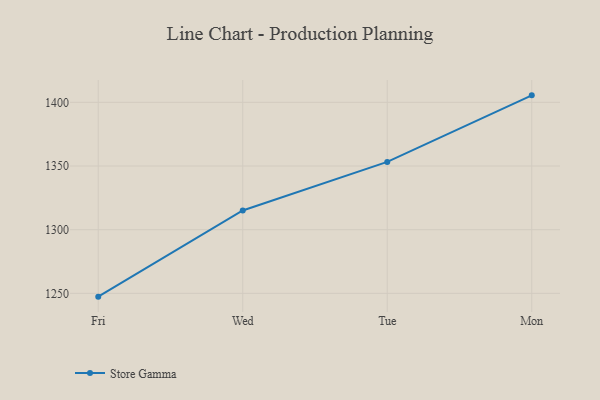
{"axis": {"x": "Day", "y": "Page Views"}, "legend": ["Store Gamma"], "data": [{"x": "Fri", "y": 1247.4, "type": "Store Gamma"}, {"x": "Wed", "y": 1315.1, "type": "Store Gamma"}, {"x": "Tue", "y": 1353.2, "type": "Store Gamma"}, {"x": "Mon", "y": 1405.5, "type": "Store Gamma"}]}